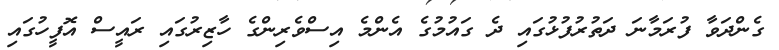
ގެންދަވާ ފުރަމާނަ ދަތުރުފުޅުގައި ދެ ގައުމުގެ އެންމެ އިސްވެރިންގެ ހާޒިރުގައި ރައީސް އޮފީހުގައި